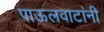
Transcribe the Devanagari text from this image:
पाऊलवाटांनी